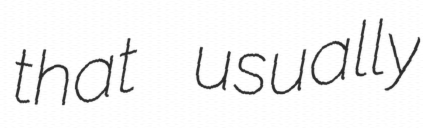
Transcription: that usually